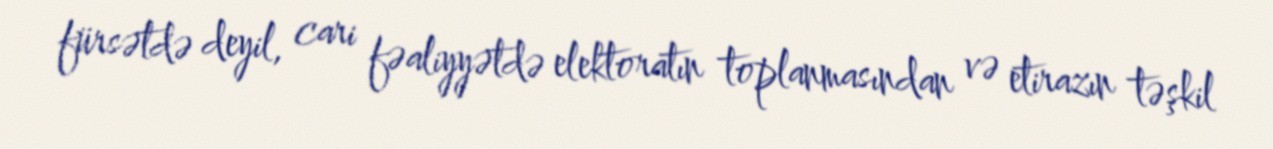
fürsətdə deyil, cari fəaliyyətdə elektoratın toplanmasından və etirazın təşkil